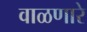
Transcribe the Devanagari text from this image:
वाळणारे